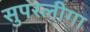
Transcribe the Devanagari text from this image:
सुपरलीगा